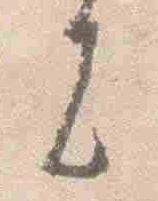
者